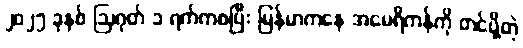
၂၀၂၅ ခုနှစ် ဩဂုတ် ၁ ရက်ကစပြီး မြန်မာကနေ အမေရိကန်ကို တင်ပို့တဲ့